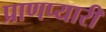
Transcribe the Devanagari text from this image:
प्राणप्यारी